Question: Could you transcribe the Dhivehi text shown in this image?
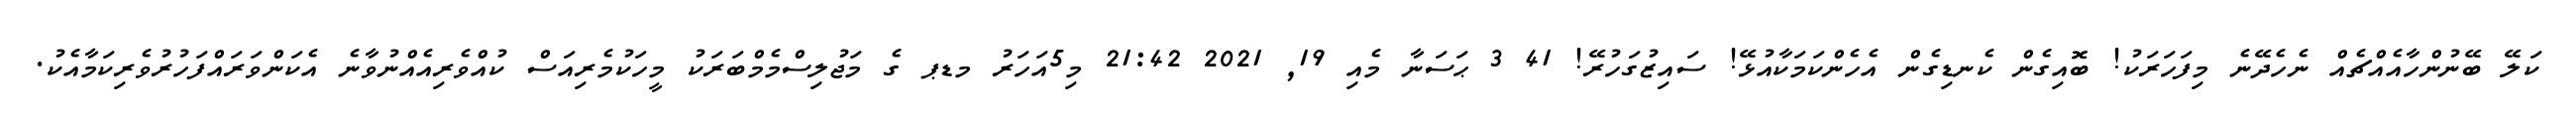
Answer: ކަލޭ ބޭނުންހާއެއްޗެއް ނެހެދޭނެ މިފަހަރަކު! ބޮއިގެން ކެނޑިގެން އެހެންކަމަކާއުޅޭ! ސައިޒުގަހުރޭ! 41 3 ޙަސަނާ މެއި 19, 2021 21:42 މި5އަހަރު މޑޕ ގެ މަޖުލިސްމެމްބަރަކު މީހަކުމެރިއަސް ކުއްވެރިއެއްނުވާނެ އެކަންވަރައްފަހުރުވެރިކަމާއެކު.